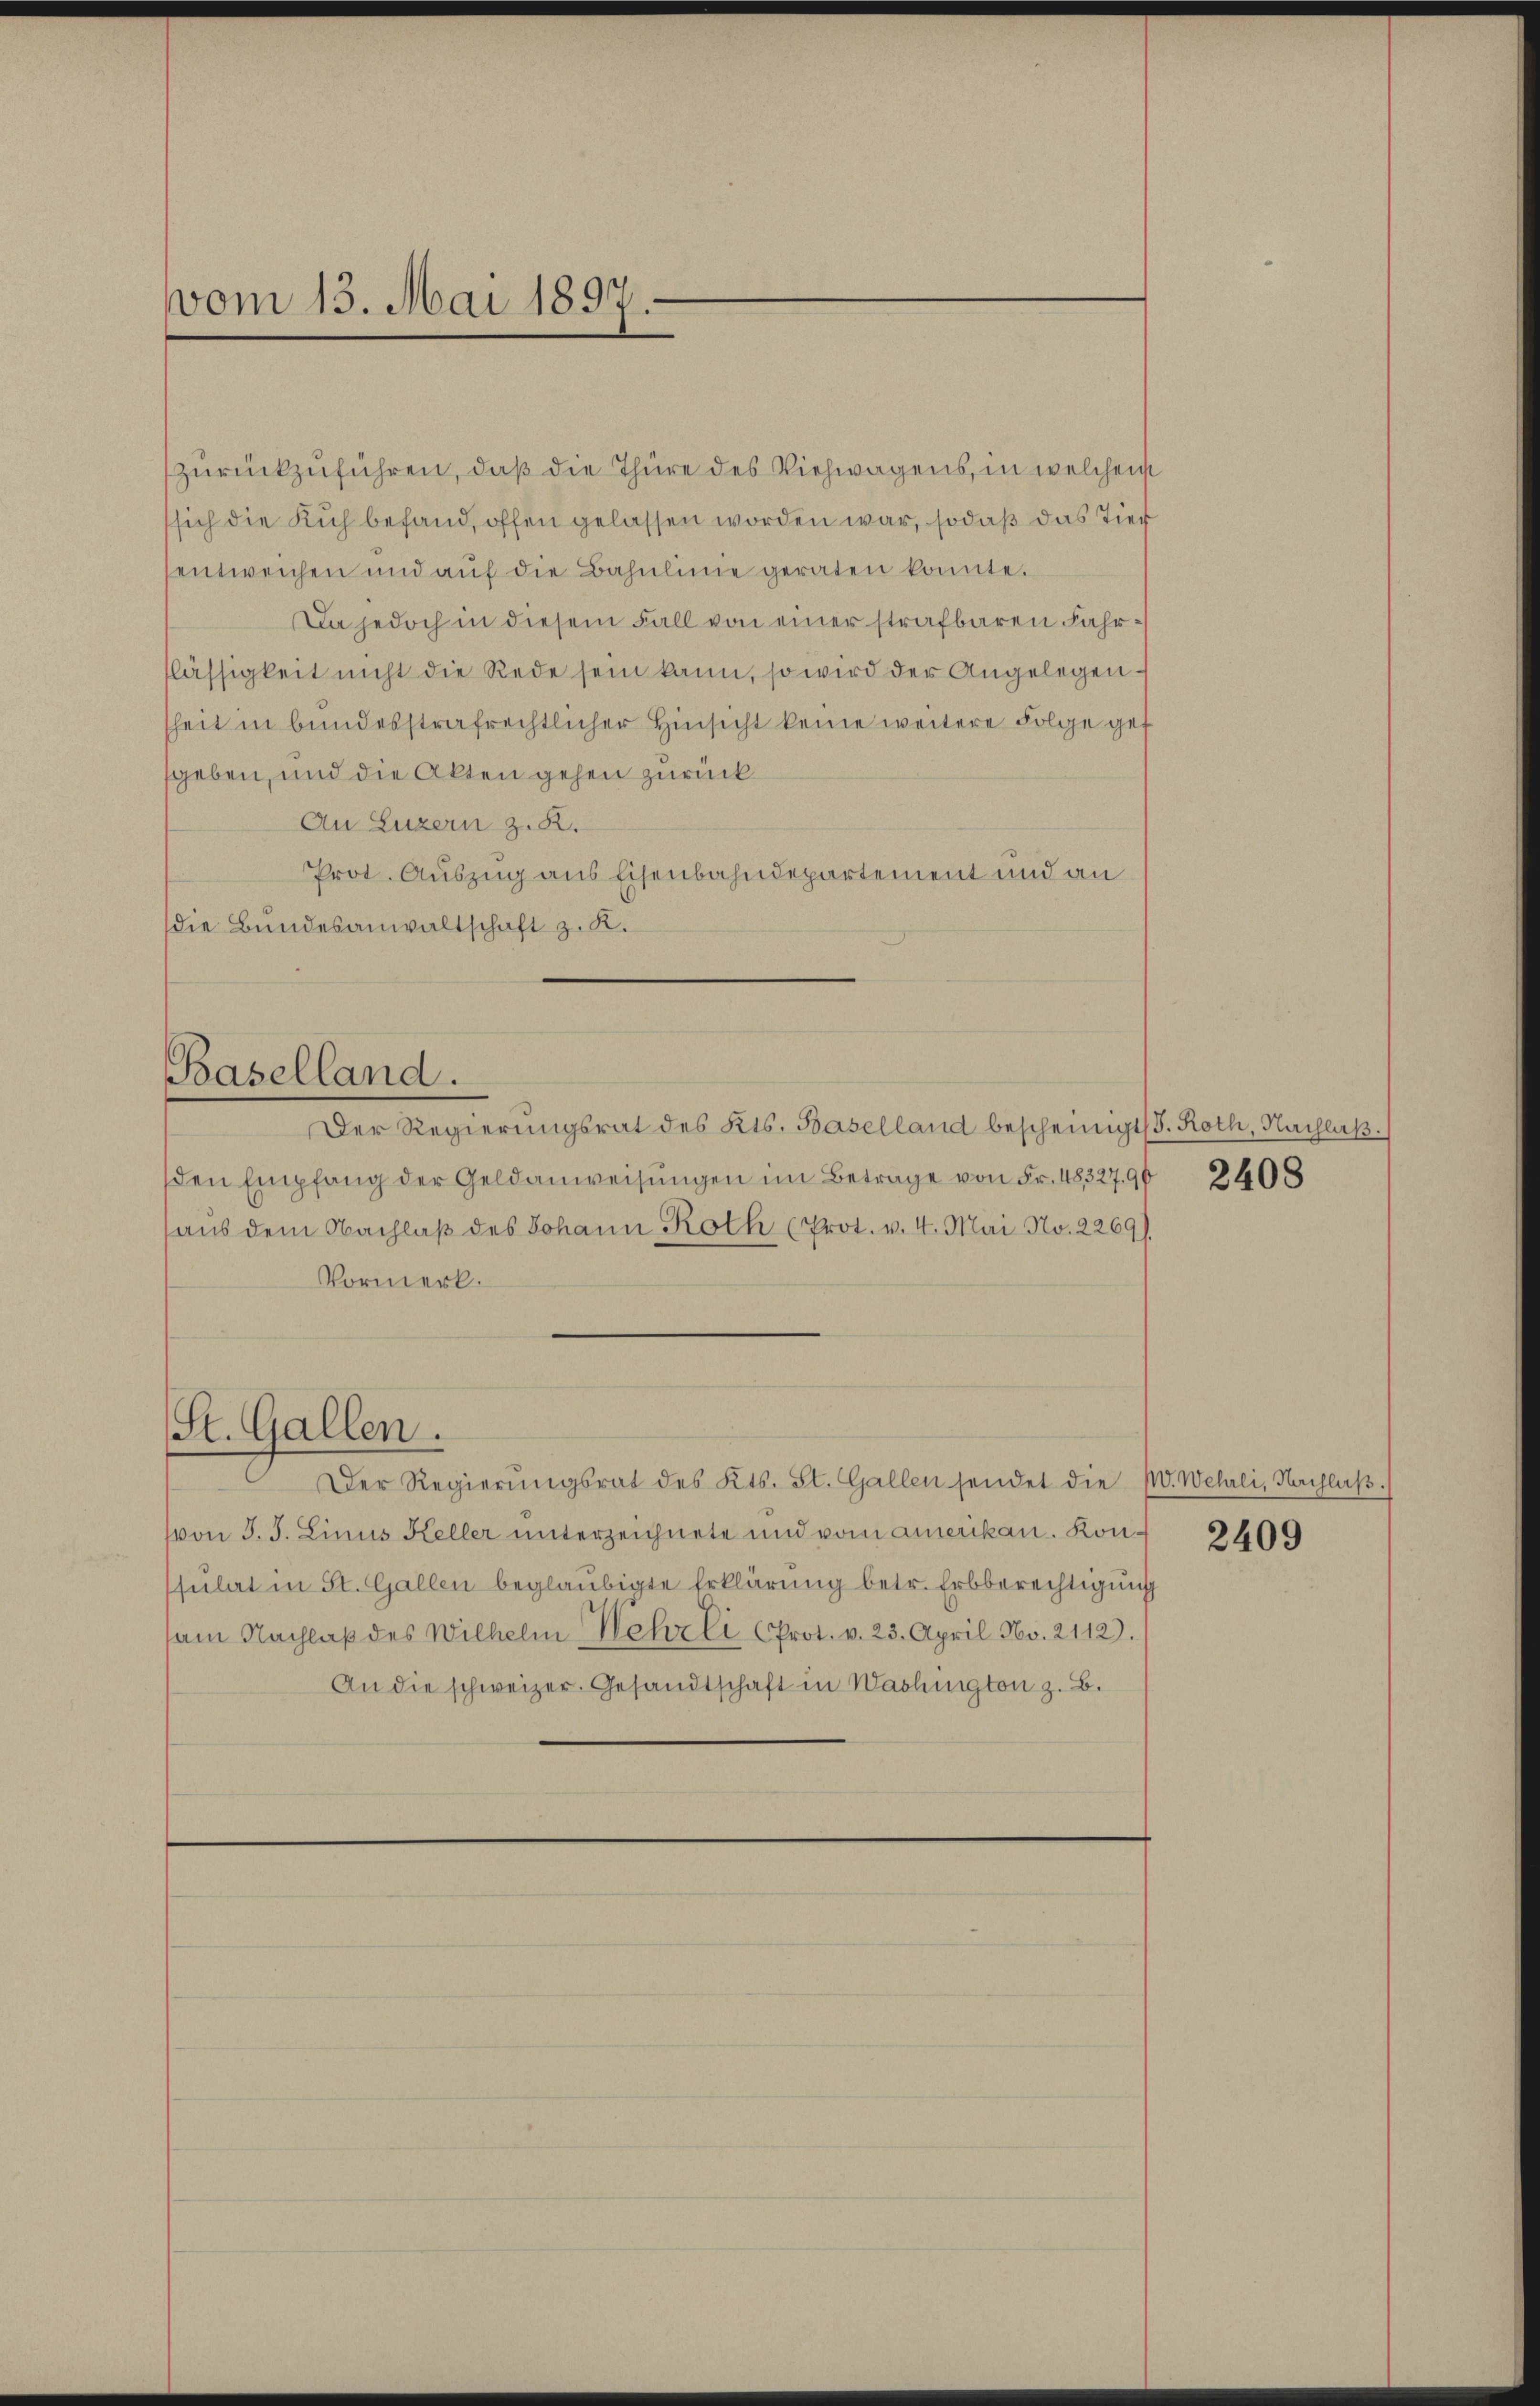
vom 13. Mai 1897.

zurückzuführen, daß die Thüre des Viehwagens, in welchem
sich die Kuh befand, offen gelassen worden war, sodaß das Tier
entweichen und aŭf die Bahnlinie geraten konnte.
Da jedoch in diesem Fall von einer strafbaren Fahrlässigkeit nicht die Rede sein kann, so wird der Angelegenheit in bundesstrafrechtlicher Hinsicht keine weitere Folge gef
geben, und die Akten gehen zurück
An Luzern z. B.
Prot. Auszug aus Eisenbahndepartement und an
die Bundesanwaltschaft z. R.

Baselland.

St. Gallen.

Der Regierŭngsrat des Kts. Baselland bescheinigt (s. Roth, Nachlaβ.
den Empfang der Geldanweisŭngen im Betrage von Fr. 4832790 2408
haus dem Nachlaß des Johann Roth (Prot. v. 4. Mai No. 2269/
Vormerk.
Der Regierŭngsrat des Kts. St. Gallen sendet die W. Wehrli, Nachlaβ.
von J. J. Linus Keller unterzeichnete und vom amerikan. Konsulat in St. Gallen beglaubigte Erklärung betr. Erbberechtigung
am Nachlaβ des Wilhelm Wehrli (Prot. v. 23. April No. 2112).
An die schweizer. Gesandtschaft in Washington z. B.

2409